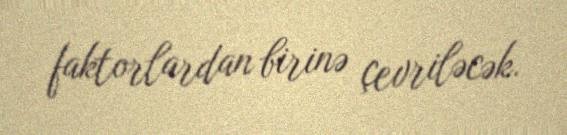
faktorlardan birinə çevriləcək.